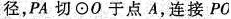
径，PA切⊙O于点A，连接PO